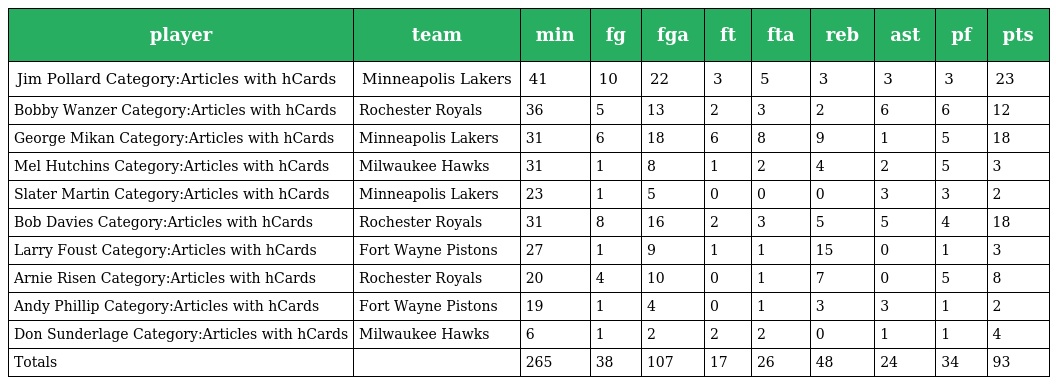
| player | team | min | fg | fga | ft | fta | reb | ast | pf | pts |
 | --- | --- | --- | --- | --- | --- | --- | --- | --- | --- | --- |
 | Jim Pollard Category:Articles with hCards | Minneapolis Lakers | 41 | 10 | 22 | 3 | 5 | 3 | 3 | 3 | 23 |
 | Bobby Wanzer Category:Articles with hCards | Rochester Royals | 36 | 5 | 13 | 2 | 3 | 2 | 6 | 6 | 12 |
 | George Mikan Category:Articles with hCards | Minneapolis Lakers | 31 | 6 | 18 | 6 | 8 | 9 | 1 | 5 | 18 |
 | Mel Hutchins Category:Articles with hCards | Milwaukee Hawks | 31 | 1 | 8 | 1 | 2 | 4 | 2 | 5 | 3 |
 | Slater Martin Category:Articles with hCards | Minneapolis Lakers | 23 | 1 | 5 | 0 | 0 | 0 | 3 | 3 | 2 |
 | Bob Davies Category:Articles with hCards | Rochester Royals | 31 | 8 | 16 | 2 | 3 | 5 | 5 | 4 | 18 |
 | Larry Foust Category:Articles with hCards | Fort Wayne Pistons | 27 | 1 | 9 | 1 | 1 | 15 | 0 | 1 | 3 |
 | Arnie Risen Category:Articles with hCards | Rochester Royals | 20 | 4 | 10 | 0 | 1 | 7 | 0 | 5 | 8 |
 | Andy Phillip Category:Articles with hCards | Fort Wayne Pistons | 19 | 1 | 4 | 0 | 1 | 3 | 3 | 1 | 2 |
 | Don Sunderlage Category:Articles with hCards | Milwaukee Hawks | 6 | 1 | 2 | 2 | 2 | 0 | 1 | 1 | 4 |
 | Totals |  | 265 | 38 | 107 | 17 | 26 | 48 | 24 | 34 | 93 |